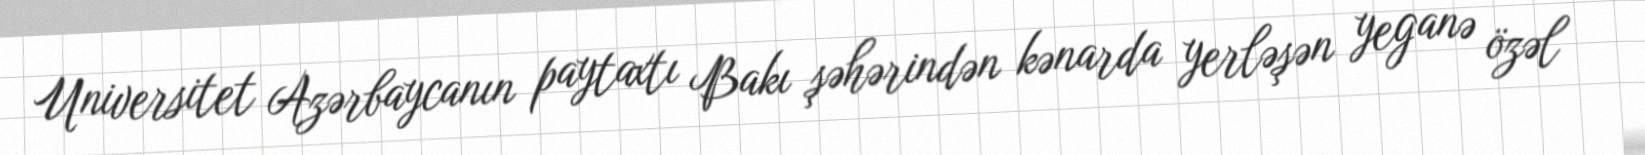
Universitet Azərbaycanın paytaxtı Bakı şəhərindən kənarda yerləşən yeganə özəl